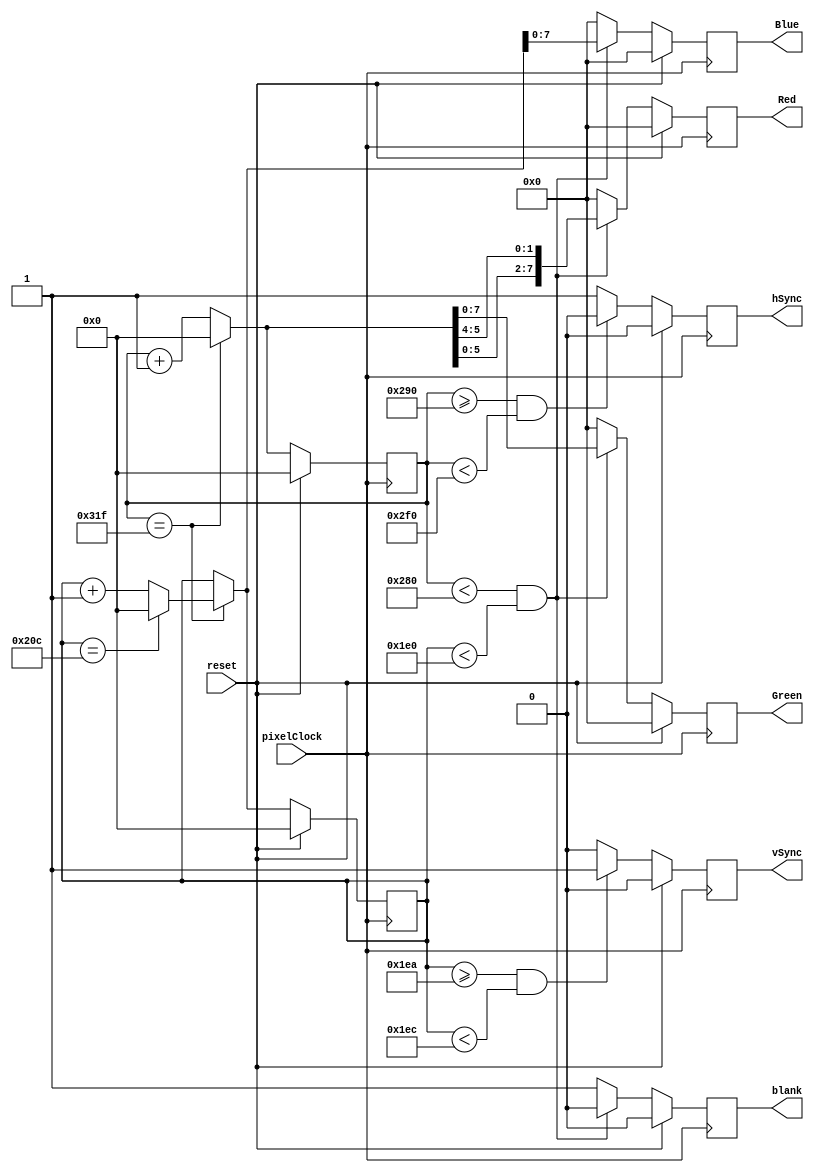
// original vhdl from Mike Field <hamster@snap.net.nz>
// VGA timing
// Generates an 640x480 VGA showing all colours

module vga(input pixelClock,
	   input 	reset,
           output [7:0] Red,
           output [7:0] Green,
           output [7:0] Blue,
           output 	hSync,
           output 	vSync,
           output 	blank);

   
   parameter
     hRez       = 640,
     hStartSync = 656,
     hEndSync   = 752,
     hMaxCount  = 800,
     hSyncActive = 1'b0;

   parameter
     vRez       = 480,
     vStartSync = 490,
     vEndSync   = 492,
     vMaxCount  = 525,
     vSyncActive = 1'b1;

   //
   reg [11:0] r_hCounter;
   reg [11:0] r_vCounter;

   reg [7:0]  r_red;
   reg [7:0]  r_green;
   reg [7:0]  r_blue;

   reg 	      r_hSync;
   reg 	      r_vSync;
   reg 	      r_blank;		

   //
   reg [11:0] n_hCounter;
   reg [11:0] n_vCounter;

   reg [7:0]  n_red;
   reg [7:0]  n_green;
   reg [7:0]  n_blue;

   reg        n_hSync;
   reg        n_vSync;
   reg        n_blank;

   // Assign the outputs
   assign hSync = r_hSync;
   assign vSync = r_vSync;
   assign Red   = r_red;
   assign Green = r_green;
   assign Blue  = r_blue;
   assign blank = r_blank;

   always @(*)
     begin
	n_hCounter = r_hCounter;
	n_vCounter = r_vCounter;

	n_red = r_red;
	n_green = r_green;
	n_blue = r_blank;
	n_blue = r_blue;

//	n_hSync = r_hSync;
//	n_vSync = r_vSync;
	n_blank = r_blank;

	n_hSync = ~hSyncActive;      
	n_vSync = ~vSyncActive;      

	// Count the lines and rows      
	if (r_hCounter == hMaxCount-1)
	  begin
             n_hCounter = 0;
             if (r_vCounter == vMaxCount-1)
               n_vCounter = 0;
             else
               n_vCounter = r_vCounter + 12'b000000000001;
	  end
	else
          n_hCounter = r_hCounter + 12'b000000000001;

      if (r_hCounter < hRez && r_vCounter < vRez)
	begin
           n_red   = { n_hCounter[5:0], n_hCounter[5:4] };
           n_green = n_hCounter[7:0];
           n_blue  = n_vCounter[7:0];
           n_blank = 1'b0;
	end
      else
	begin
           n_red   = 0;
           n_green = 0;
           n_blue  = 0;
           n_blank = 1'b1;
	end
      
	// Are we in the hSync pulse?
	if (r_hCounter >= hStartSync && r_hCounter < hEndSync)
          n_hSync = hSyncActive;

	// Are we in the vSync pulse?
	if (r_vCounter >= vStartSync && r_vCounter < vEndSync)
          n_vSync = vSyncActive; 
     end

   always @(posedge pixelClock)
     if (reset)
       begin
	  r_hCounter <= 0;
	  r_vCounter <= 0;
	  r_red <= 0;
	  r_green <= 0;
	  r_blue <= 0;

	  r_hSync <= 0;
	  r_vSync <= 0;
	  r_blank <= 0;
       end
     else
       begin
	  r_hCounter <= n_hCounter;
	  r_vCounter <= n_vCounter;

	  r_red <= n_red;
	  r_green <= n_green;
	  r_blue <= n_blue;

	  r_hSync <= n_hSync;
	  r_vSync <= n_vSync;
	  r_blank <= n_blank;
       end

endmodule // vga